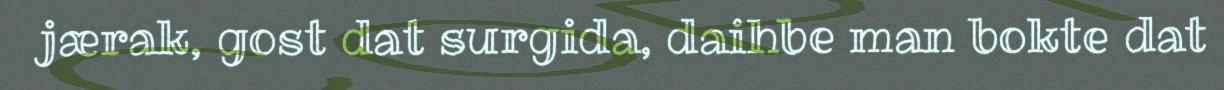
jærak, gost dat surgida, daihbe man bokte dat